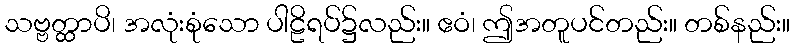
သဗ္ဗတ္ထာပိ၊ အလုံးစုံသော ပါဠိရပ်၌လည်း။ ဧဝံ၊ ဤအတူပင်တည်း။ တစ်နည်း။